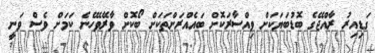
ގަޑިއިރު ރާއްޖޭގެ ބޮޑުބަޔަކަށް ވިއްސާރަކޮށް ބައެއްރަށްތަކަށް ބޯކޮށް ވާރޭވެހޭނެ ކަމަށް ވެސް ވަނީ